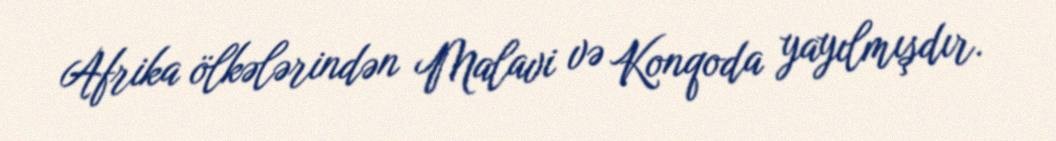
Afrika ölkələrindən Malavi və Konqoda yayılmışdır.